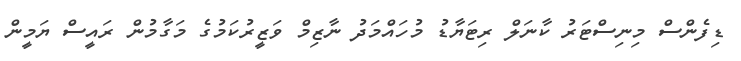
ޑިފެންސް މިނިސްޓަރު ކާނަލް ރިޓަޔާޑު މުހައްމަދު ނާޒިމް ވަޒީރުކަމުގެ މަގާމުން ރައީސް ޔަމީން